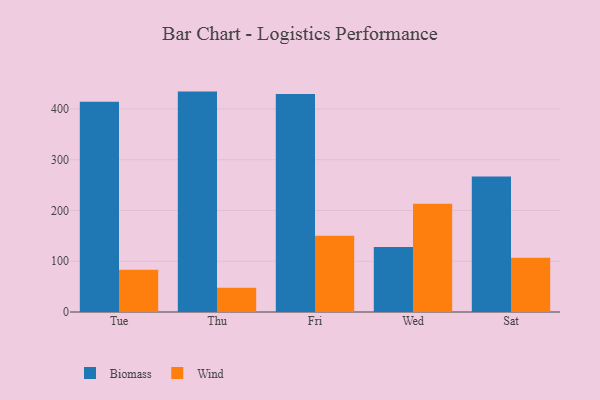
{"axis": {"x": "Day", "y": "Active Users"}, "legend": ["Biomass", "Wind"], "data": [{"x": "Tue", "y": 414.0, "type": "Biomass"}, {"x": "Tue", "y": 83.0, "type": "Wind"}, {"x": "Thu", "y": 434.1, "type": "Biomass"}, {"x": "Thu", "y": 47.8, "type": "Wind"}, {"x": "Fri", "y": 429.2, "type": "Biomass"}, {"x": "Fri", "y": 150.2, "type": "Wind"}, {"x": "Wed", "y": 128.2, "type": "Biomass"}, {"x": "Wed", "y": 213.3, "type": "Wind"}, {"x": "Sat", "y": 266.9, "type": "Biomass"}, {"x": "Sat", "y": 106.9, "type": "Wind"}]}